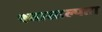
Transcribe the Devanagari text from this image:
श्वासाल्पता